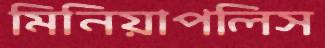
মিনিয়াপলিস